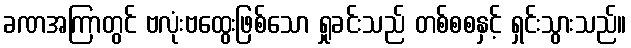
ခဏအကြာတွင် ဗလုံးဗထွေးဖြစ်သော ရှုခင်းသည် တစ်စစနှင့် ရှင်းသွားသည်။